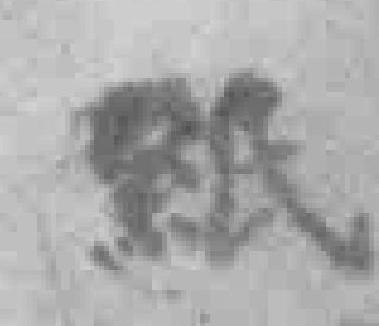
张